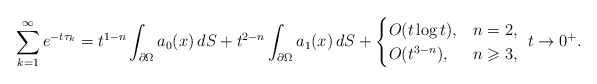
\begin{align*} \sum_{k=1}^{\infty} e^{-t \tau_{k}} = t^{1-n} \int_{\partial \Omega} a_0(x) \,dS + t^{2-n} \int_{\partial \Omega} a_1(x) \,dS + \begin{cases} O(t \log t), & n=2, \\ O(t^{3-n}), & n \geqslant 3, \end{cases} \ t \to 0^+. \end{align*}